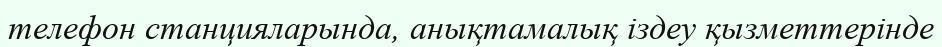
телефон станцияларында, анықтамалық іздеу қызметтерінде